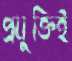
প্রযুক্তিই